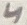
Text: 4